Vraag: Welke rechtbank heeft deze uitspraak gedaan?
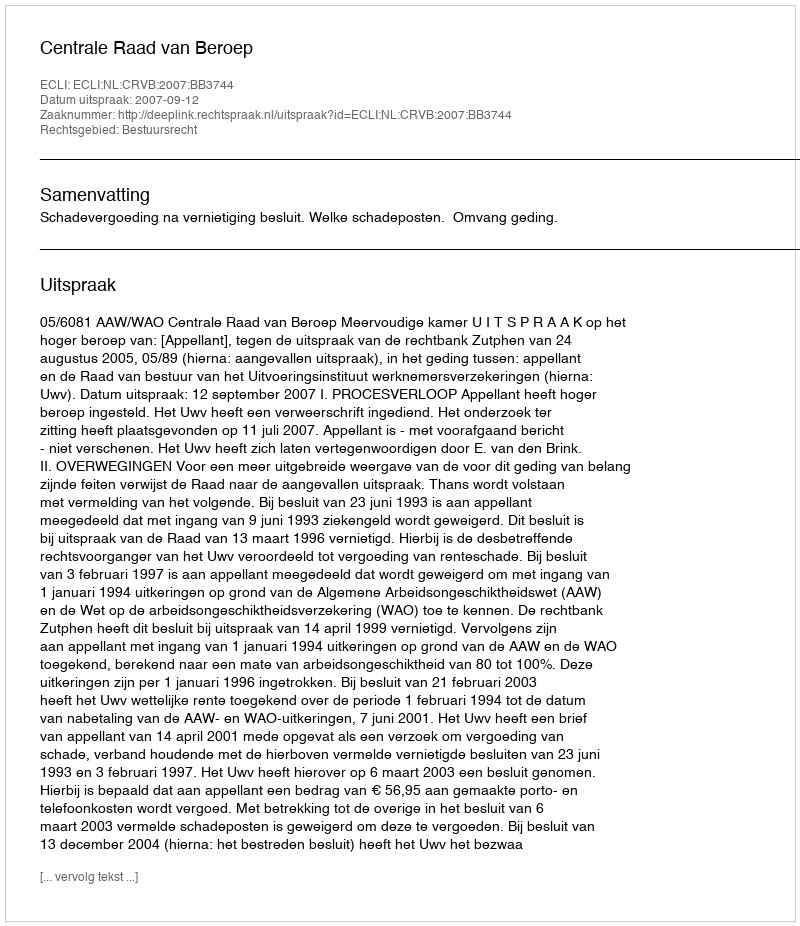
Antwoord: Centrale Raad van Beroep